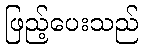
ဖြည့်ပေးသည်